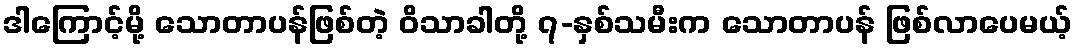
ဒါကြောင့်မို့ သောတာပန်ဖြစ်တဲ့ ဝိသာခါတို့ ၇-နှစ်သမီးက သောတာပန် ဖြစ်လာပေမယ့်